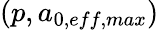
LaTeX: (p,a_{0,eff,max})